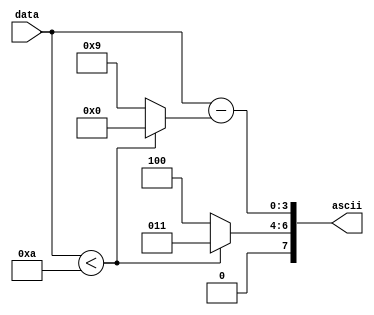
`timescale 1ns / 1ns

module ascii_encoder
    #(
        parameter NBR_OF_NIBBLES = 1
    )
    (
        input wire [NBR_OF_NIBBLES * 4 - 1:0] data,
        output wire [NBR_OF_NIBBLES * 8 - 1:0] ascii
    );

    genvar i;
    generate
        for (i = 0; i < NBR_OF_NIBBLES; i = i + 1) begin
            assign ascii[i * 8 + 7:i * 8 + 4] = (data[i * 4 + 3: i * 4] < 4'hA) ? 4'h3 : 4'h4;
            assign ascii[i * 8 + 3:i * 8] = data[i * 4 + 3: i * 4] - ((data[i * 4 + 3: i * 4] < 4'hA) ? 4'h0 : 4'h9);
        end
    endgenerate
endmodule